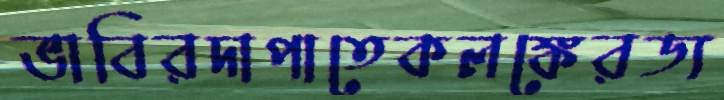
ভাবিরদাপাতেকলঙ্কেরড্য